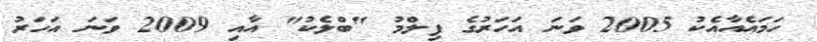
ހަމައެއާއެކު 2005 ވަނަ އަހަރުގެ ފިލްމު "ބްލެކު" އާއި 2009 ވަނަ އަހަރު